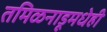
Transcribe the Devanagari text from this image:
तमिळनाडूमधेही